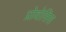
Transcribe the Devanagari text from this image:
प्रोवोसिस